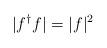
LaTeX: \begin{align*} |f^\dagger f|=|f|^2\end{align*}